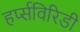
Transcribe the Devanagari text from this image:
हर्प्सविरिडी